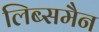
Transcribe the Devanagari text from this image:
लिब्समैन